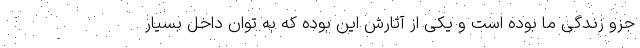
جزو زندگی ما بوده است و یکی از آثارش این بوده که به توان داخل بسیار